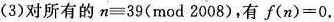
（3）对所有的 n \equiv 39(mod 2008)，有 $$f ( n ) = 0$$.